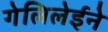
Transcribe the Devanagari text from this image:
गेलिलेईने